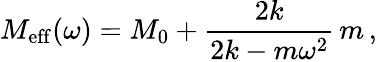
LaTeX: M_{\mathrm{eff}}(\omega)=M_{0}+\frac{2k}{2k-m\omega^{2}}\, m\, ,